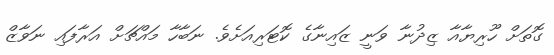
ގޮތަށް ހޫރިޔާއާ ޒިދުނާ ވަނީ ޒައިނާގެ ކޮޓަރިއަށެވެ. ނަބާހާ މައްޗަށް އަރާފައި ނަވާޒް